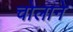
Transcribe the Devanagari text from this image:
चोलाने